Calcutta medical institutions reports 1892-1900
Year: 1892
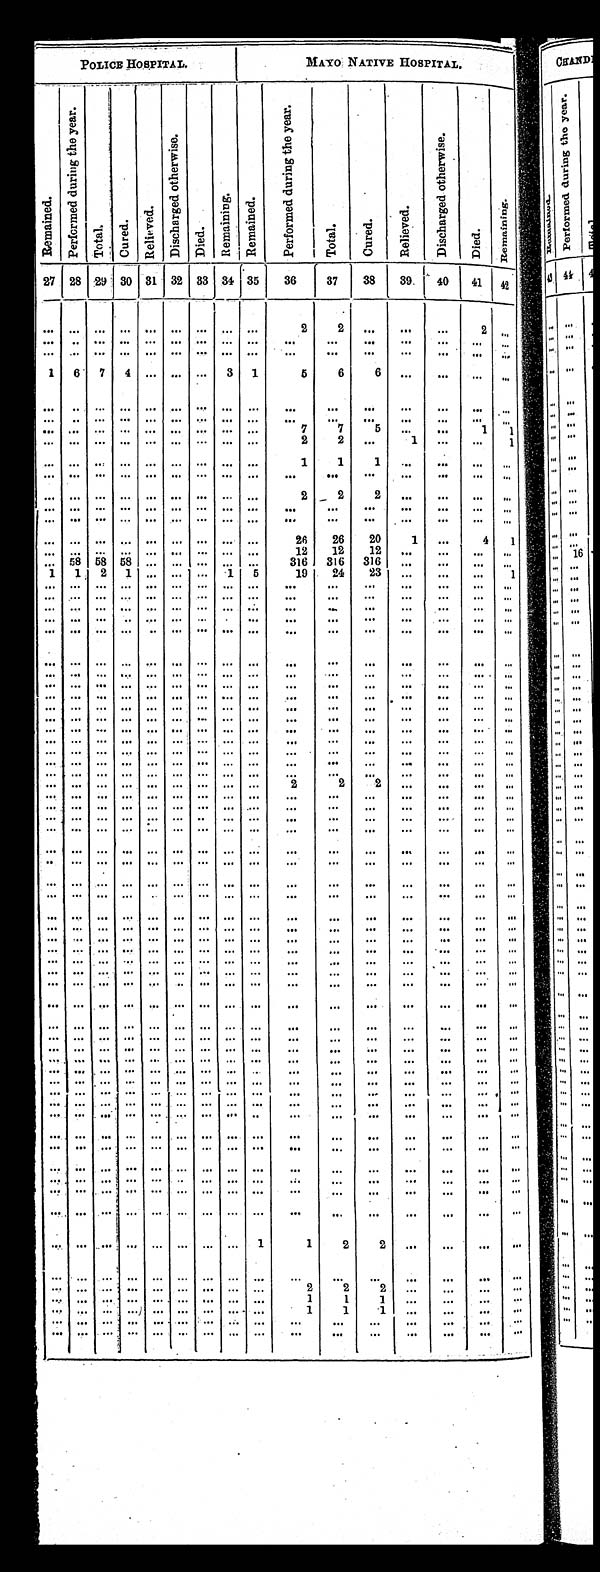
POLICE HOSPITAL.
MAYO NATIVE HOSPITAL.
Re ma i n e d .
P e r f o r m e d d u r i n g t h e y e a r .
Tot al . Cured.
R e l i e v e d .
D i s c h a r g e d o t h e r w i s e .
Di ed.
Re ma i n i n g . R e ma i n e d .
P e r f o r m e d d u r i n g t h e y e a r .
T o t a l .
cured.
Re l i e ve d.
D i s c h a r g e d o t h e r w i s e .
Died.
R e ma i n i n g .
2 7
2 8 29 30 31 32
3 3
3 4
35
36
37
38 39 40
41 42
. . . . . . . . . . . . . . . . . . . . . . . . . . .
2
2
. . .
. . . . . .
2
. . .
. . .
. . . . . . . . .
. . . . . .
. . .
. . .
. . .
. . .
. . .
. . . . . . . . . . . .
. . .
. . .
. . . . . . . . .
. . . . . .
. . .
. . .
. . .
. . .
. . .
. . . . . .
. . .
. . .
1
6 7 4
. . . . . .
. . . 3 1
5
6 6
. . .
. . . . . .
. . .
. . .
. . . . . . . . .
. . . . . .
. . .
. . .
. . .
. . .
. . .
. . .
. . .
. . . . . .
. . .
. . .
. . . . . . . . .
. . . . . .
. . .
. . .
. . .
. . .
. . .
. . .
. . .
. . . . . .
. . .
. . .
. . .
. . . . . .
. . . . . .
. . .
. . .
. . .
7
7
5
. . .
. . .
1
1
. . .
. . . . . .
. . . . . . . . .
. . .
. . .
. . .
2
2
. . .
1
. . .
. . .
1
. . .
. . . . . .
. . . . . . . . .
. . .
. . .
. . .
1
1 1
. . . . . .
. . .
. . .
. . .
. . .
. . .
. . . . . . . . .
. . .
. . .
. . .
. . .
. . . . . .
. . . . . .
. . .
. . .
. . .
. . . . . .
. . . . . . . . .
. . .
. . .
. . .
2
2 2
. . . . . .
. . .
. . .
. . .
. . .
. . .
. . . . . . . . .
. . .
. . .
. . .
. . .
. . .
. . .
. . .
. . .
. . .
. . .
. . .
. . .
. . .
. . . . . . . . .
. . .
. . .
. . .
. . .
. . .
. . .
. . .
. . .
. . .
. . .
. . .
. . . . . .
. . . . . . . . .
. . .
. . .
. . .
2 6 26
20
1
. . .
4
1
. . .
. . . . . .
. . . . . . . . .
. . .
. . .
. . .
12
12
12
. . .
. . .
. . .
. . .
. . . 58 58 58
. . . . . .
. . . . . .
. . .
3 16 316 316
. . . . . . . . . . . .
1
1 2 1
. . . . . .
. . . 1 5
19
24
23
. . .
. . .
. . .
1
. . .
. . . . . .
. . . . . . . . .
. . .
. . .
. . .
. . .
. . .
. . .
. . .
. . .
. . .
. . .
. . .
. . . . . .
. . . . . . . . .
. . .
. . .
. . .
. . . . . . . . .
. . . . . . . . .
. . .
. . .
. . .
. . .
. . .
. . .
. . .
. . .
. . .
. . .
. . . . . . . . .
. . . . . . . . .
. . .
. . .
. . . . . .
. . . . . . . . .
. . .
. . .
. . .
. . .
. . .
. . .
. . .
. . .
. . .
. . .
. . .
. . . . . .
. . .
. . . . . .
. . .
. . . . . .
. . . . . .. . .
. . .
. . .
. . .
. . .
. . .
. . .
. . .
. . . . . .. . .
. . . . . . . . .
. . .
. . .
. . .
. . .
. . .
. . .
. . .
. . . . . .
. . .
. . . . . .
. . .
. . . . . . . . .
. . . . . .
. . .
. . .
. . . . . .
. . .
. . .
. . .
. . .
. . .
. . .
. . .
. . .
. . . . . .
. . .
. . .
. . .
. . .
. . .
. . .
. . .
. . .
. . .
. . .
. . .
. . .
. . .
. . .
. . . . . .
. . .
. . .
. . .
. . .
. . .
. . .
. . .
. . . . . .
. . .
. . . . . .
. . .
. . . . . . . . .
. . .
. . .
. . .
. . .
. . .
. . .
. . .
. . .
. . .
. . .
. . .
. . .
. . . . . .
. . . . . .
. . . . . .
. . .
. . .
. . . . . .
. . .
. . . . . .
. . .
. . . . . .
. . . . . .
. . . . . .
. . .
. . .
. . .
. . .
. . .
. . .
. . .
. . .
. . .
. . . . . . .
. . .
. . .
. . . . . .
. . . . . .
. . .
. . .
. . .
. . .
. . .
. . .
. . .
. . .
. . .
. . .
. . .
. . .
. . . . . .
. . . . . .
. . .
. . .
. . .
. . .
. . .
. . .
. . .
. . .
. . .
. . .
. . .
. . .
. . . . . .
. . . . . .
. . .
. . .
. . .
. . .
. . .
. . .
. . .
. . .
. . .
. . .
. . .
. . .
. . . . . .
. . . . . .
. . .
. . .
. . .
. . .
. . .
. . .
. . .
. . .
. . .
. . .
. . .
. . .
. . . . . .
. . . . . .
2
2
2
. . .
. . . . . .
. . .
. . .
. . .
. . .
. . . . . .
. . . . . .
. . . . . .
. . .
. . .
. . .
. . .
. . .
. . .
. . .
. . .
. . .
. . .
. . . . . .
. . . . . .
. . . . . .
. . . . . .
. . .
. . .
. . . . . .
. . .
. . . . . .
. . .
. . . . . .
. . . . . .
. . . . . .
. . .
. . .
. . .
. . .
. . .
. . .
. . .
. . .
. . .
. . .
. . .
. . .
. . . . . .
. . . . . .
. . .
. . .
. . .
. . .
. . .
. . .
. . .
. . .
. . .
. . .
. . . . . .
. . . . . .
. . . . . .
. . .
. . .
. . .
. . . . . .
. . .
. . .
. . . . . .
. . .
. . . . . .
. . . . . .
. . . . . .
. . . . . .
. . .
. . .
. . .
. . .
. . .
. . .
. . .
. . .
. . .
. . .
. . . . . .
. . . . . .
. . .
. . .
. . .
. . .
. . .
. . .
. . .
. . .
. . .
. . .
. . .
. . .
. . . . . .
. . . . . .
. . .
. . .
. . .
. . .
. . .
. . .
. . .
. . .
. . . . . .
. . .
. . .
. . . . . .
. . . . . .
. . . . . .
. . .
. . .
. . .
. . .
. . .
. . .
. . .
. . .
. . .
. . .
. . . . . .
. . . . . .
. . .
. . .
. . .
. . .
. . .
. . .
. . .
. . .
. . .
. . .
. . .
. . .
. . . . . .
. . . . . .
. . . . . .
. . .
. . .
. . .
. . .
. . .
. . . . . .
. . .
. . . . . .
. . . . . .
. . . . . .
. . .
. . .
. . .
. . .
. . .
. . .
. . .
. . .
. . .
. . .
. . .
. . .
. . . . . .
. . . . . .
. . .
. . .
. . .
. . .
. . .
. . .
. . .
. . .
. . .
. . .
. . .
. . .
. . . . . .
. . . . . .
. . . . . .
. . .
. . .
. . .
. . .
. . .
. . .
. . .
. . .
. . .
. . .
. . . . . .
. . . . . .
. . .
. . .
. . .
. . .
. . .
. . .
. . .
. . . . . .
. . .
. . . . . .
. . . . . .
. . . . . .
. . .
. . .
. . .
. . .
. . .
. . .
. . .
. . .
. . .
. . .
. . . . . .. . .
. . .
. . . . . .
. . .
. . .
. . .
. . .
. . .
. . .
. . .
. . .
. . . . . . . . .
. . . . . . . . .
. . . . . .
. . .
. . .
. . .
. . .
. . .
. . .
. . .
. . .
. . . . . .
. . . . . . . . .
. . .
. . . . . .
. . . . . .
. . .
. . .
. . . . . .
. . .
. . .
. . . . . .
. . . . . . . . .
. . .
. . . . . .
. . .
. . .
. . .
. . .
. . .
. . .
. . .
. . .
. . . . . .
. . . . . . . . .
. . .
. . . . . .
. . .
. . . . . .
. . .
. . .
. . .
. . .
. . .
. . . . . .
. . . . . . . . .
. . .
. . .
. . .
. . .
. . .
. . .
. . .
. . .
. . .
. . .
. . .
. . . . . .
. . . . . . . . .
. . .
. . .
. . .
. . . . . .
. . .
. . .
. . . . . .
. . .
. . .
. . . . . .
. . . . . . . . .
. . .
. . .
. . .
. . .
. . .
. . .
. . .
. . .
. . .
. . .
. . .
. . . . . .
. . . . . . . . .
. . .
. . .
. . .
. . . . . .
. . .
. . .
. . . . . .
. . .
. . .
. . .
. . .
. . . . . . . . .
. . .
. . .
. . .
. . .
. . .
. . .
. . .
. . .
. . .
. . .
. . .
. . .
. . .
. . . . . . . . .
. . .
. . .
. . .
. . .
. . .
. . .
. . .
. . .
. . .
. . .
. . .
. . . . . . . . . . . . . . .
. . .
. . .
. . .
. . . . . .
. . .
. . .
. . . . . .
. . .
. . .
. . . . . .
. . . . . . . . .
. . .
. . .
. . .
. . .
. . .
. . .
. . .
. . .
. . .
. . .
. . .
. . . . . .
. . . . . . . . .
. . .
. . .
. . .
. . . . . .
. . .
. . .
. . . . . .
. . .
. . .
. . .
. . .
. . . . . . . . .
. . .
. . .
. . .
. . .
. . .
. . .
. . .
. . .
. . .
. . .
. . .
. . .
. . .
. . .
. . . . . .
. . .
. . . 1
1
2
2
. . .
. . . . . .
. . .
. . .
. . . . . .
. . .
. . . . . .
. . .
. . .
. . .
. . .
. . .
. . .
. . .
. . . . . .
. . .
. . . . . . . . . . . .
. . . . . .
. . .
. . .
. . .
2
2
2
. . .
. . . . . .
. . .
. . .
. . . . . .
. . . . . . . . .
. . .
. . .
. . .
1
1
1
. . .
. . .
. . .
. . .
. . .
. . .
. . .
. . . . . . . . .
. . .
. . .
. . .
1
1 1
. . .
. . . . . .
. . .
. . .
. . .
. . .
. . . . . . . . .
. . .
. . .
. . .
. . .
. . .
. . .
. . .
. . .
. . .
. . .
. . .
. . .
. . .
. . .
. . . . . .
. . .
. . .
. . .
. . .
. . .
. . .
. . .
. . .
. . .
. . .